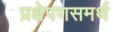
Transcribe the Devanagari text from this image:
प्रक्षेपणसमर्थ